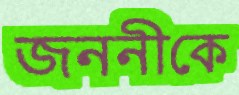
জননীকে